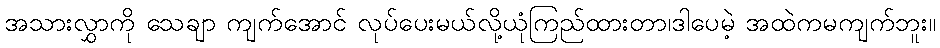
အသားလွှာကို သေချာ ကျက်အောင် လုပ်ပေးမယ်လို့ယုံကြည်ထားတာ၊ဒါပေမဲ့ အထဲကမကျက်ဘူး။